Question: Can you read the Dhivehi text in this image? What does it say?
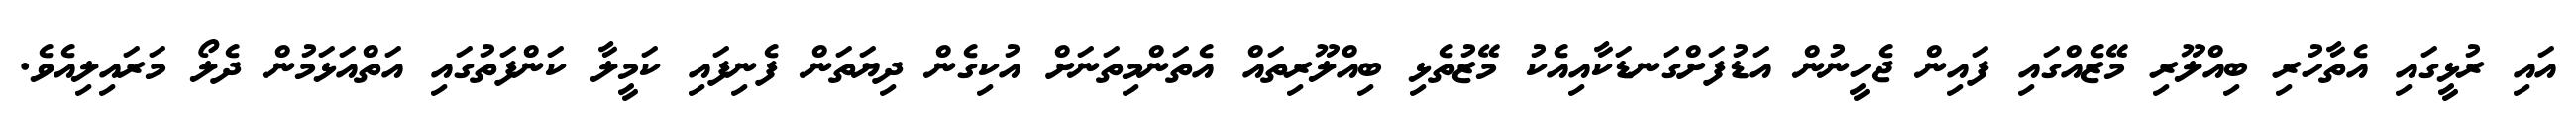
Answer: އައި ރުޅީގައި އެތާހުރި ބިއްލޫރި މޭޒެއްގައި ފައިން ޖެހީނުން އަޑުފަށްގަނޑަކާއިއެކު މޭޒުތެޅި ބިއްލޫރިތައް އެތަންމިތަނަށް އުކިގެން ދިޔަތަން ފެނިފައި ކަމީލާ ކަންފަތުގައި އަތްއަޅަމުން ދެލޯ މަރައިލިއެވެ.